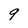
Character: 9